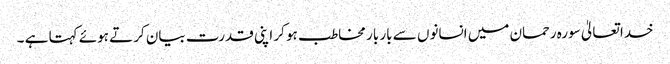
خدا تعالیٰ سورہ رحمان میں انسانوں سے بار بار مخاطب ہو کر اپنی قدرت بیان کرتے ہوئے کہتا ہے ۔